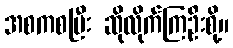
အစကစပြီး ဆိုလိုက်ကြဦးစို့။